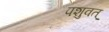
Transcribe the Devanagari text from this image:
पशुवत्